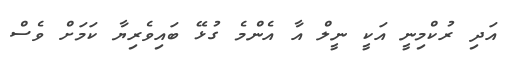
އަދި ރުކްމިނީ އަކީ ނީލް އާ އެންމެ ގުޅޭ ބައިވެރިޔާ ކަމަށް ވެސް